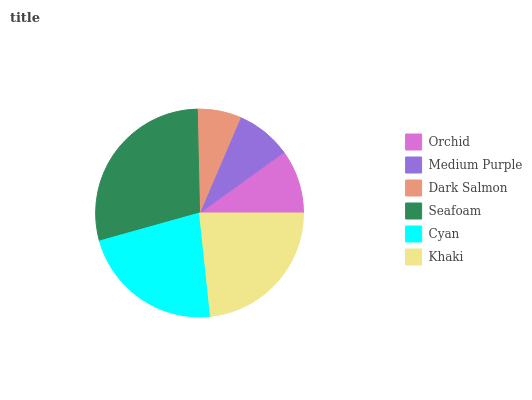
| Orchid | Medium Purple | Dark Salmon | Seafoam | Cyan | Khaki |
 | --- | --- | --- | --- | --- | --- |
 | 9.93% | 8.63% | 6.8% | 29% | 22.3% | 23.4% |